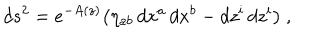
d s ^ { 2 } = e ^ { - A ( z ) } \big ( \eta _ { a b } \, d x ^ { a } \, d x ^ { b } - d z ^ { i } \, d z ^ { i } \big ) \ ,